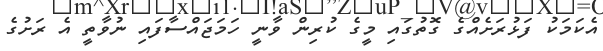
އެކަމަކު ފަޅުރަށެއްގެ ގޮތުގައި މީގެ ކުރިން ވާނީ ހަމަޖައްސާފައި ނުވާތީ އެ ރަށުގެ